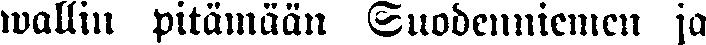
wallin pitämään Suodenniemen ja